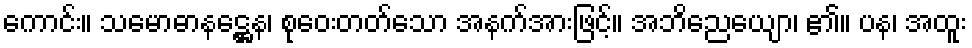
ကောင်း။ သမောဓာနဋ္ဌေန၊ စုဝေးတတ်သော အနက်အားဖြင့်။ အဘိညေယျော၊ ၏။ ပန၊ အထူး